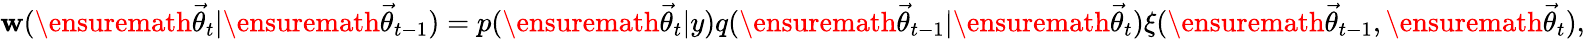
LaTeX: \mathbf{w}(\ensuremath{{\vec{{\theta}}}}_{t}|\ensuremath{{\vec{{\theta}}}}_{t-1})=p(\ensuremath{{\vec{{\theta}}}}_{t}|y)q(\ensuremath{{\vec{{\theta}}}}_{t-1}|\ensuremath{{\vec{{\theta}}}}_{t})\xi(\ensuremath{{\vec{{\theta}}}}_{t-1},\ensuremath{{\vec{{\theta}}}}_{t}),